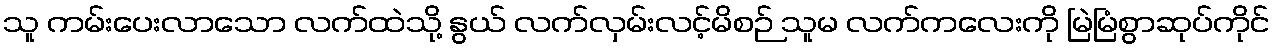
သူ ကမ်းပေးလာသော လက်ထဲသို့ နွယ် လက်လှမ်းလင့်မိစဉ် သူမ လက်ကလေးကို မြဲမြံစွာဆုပ်ကိုင်